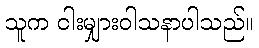
သူက ငါးမျှားဝါသနာပါသည်။